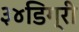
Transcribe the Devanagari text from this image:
३४डिग्री